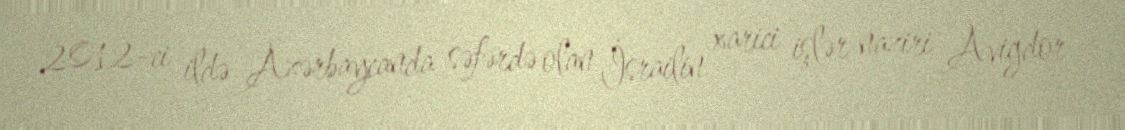
2012-ci ildə Azərbaycanda səfərdə olan İsrailin xarici işlər naziri Avigdor